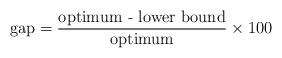
LaTeX: \begin{align*} \textrm{gap} = \frac{\textrm{optimum - lower bound}}{ \textrm{optimum}} \times 100\end{align*}